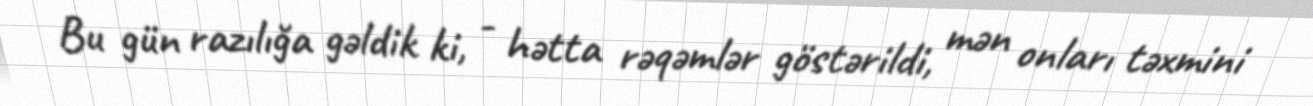
Bu gün razılığa gəldik ki, - hətta rəqəmlər göstərildi, mən onları təxmini